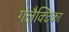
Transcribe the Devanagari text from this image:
गलैक्टिका